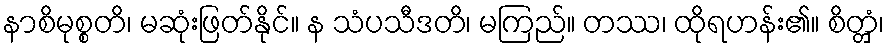
နာစိမုစ္စတိ၊ မဆုံးဖြတ်နိုင်။ န သံပသီဒတိ၊ မကြည်။ တဿ၊ ထိုရဟန်း၏။ စိတ္တှံ၊